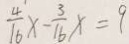
\frac { 4 } { 1 6 } x - \frac { 3 } { 1 6 } x = 9